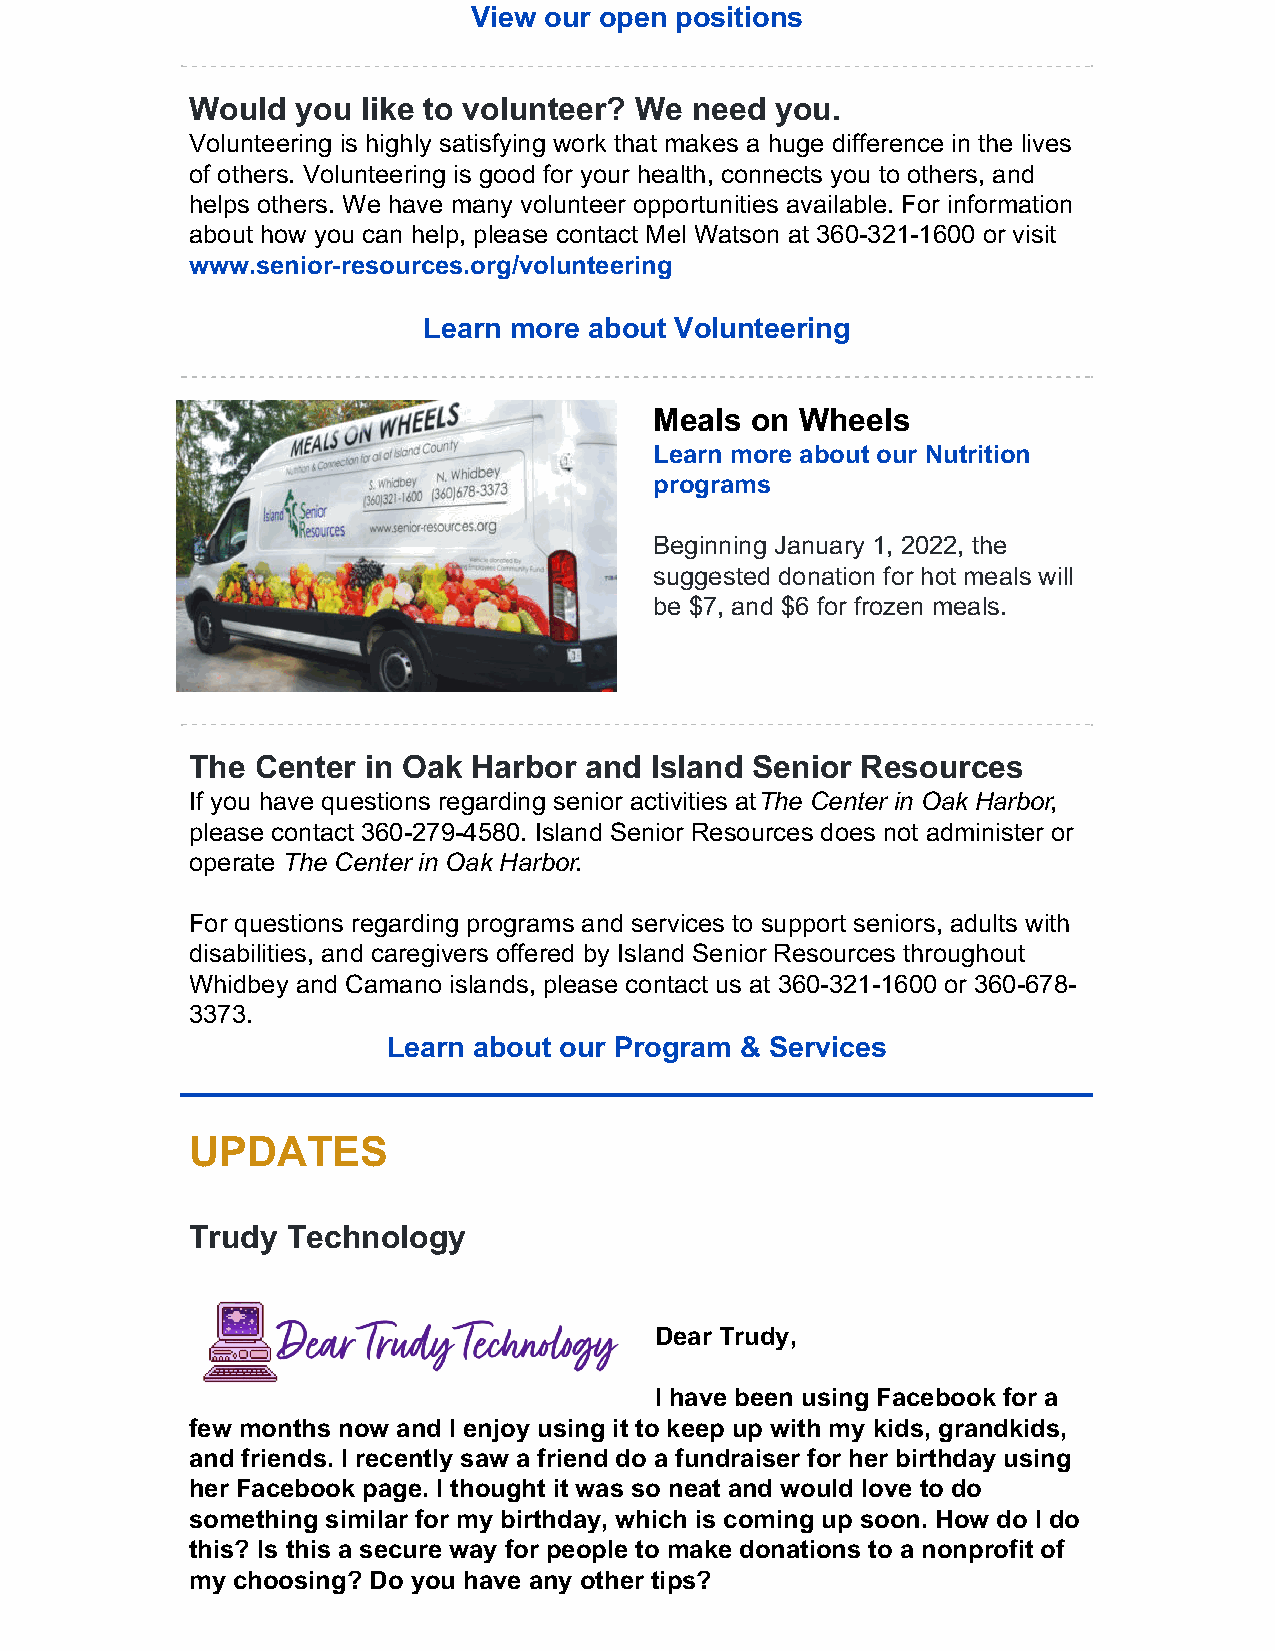
View our open positions
 Would  you like to volunteer? We need you.
 Volunteering is highly satisfying work that makes a huge difference in the lives
 of others. Volunteering is good for your health, connects you to others, and
 helps others. We have many volunteer opportunities available. For information
 about how you can help, please contact Mel Watson at 360-321-1600 or visit
 www.senior-resources.org/volunteering
 Learn more about Volunteering
 Meals  on Wheels
 Learn more about our Nutrition
 programs
 Beginning January 1, 2022, the
 suggested donation for hot meals will
 be $7, and $6 for frozen meals.
 The Center in Oak Harbor  and Island Senior Resources
 If you have questions regarding senior activities at The Center in Oak Harbor,
 please contact 360-279-4580. Island Senior Resources does not administer or
 operate The Center in Oak Harbor.
 For questions regarding programs and services to support seniors, adults with
 disabilities, and caregivers offered by Island Senior Resources throughout
 Whidbey and Camano islands, please contact us at 360-321-1600 or 360-678-
 3373.
 Learn about our Program & Services
 UPDATES
 Trudy Technology
 Dear Trudy,
 ​I have been using Facebook for a
 few months now and I enjoy using it to keep up with my kids, grandkids,
 and friends. I recently saw a friend do a fundraiser for her birthday using
 her Facebook page. I thought it was so neat and would love to do
 something similar for my birthday, which is coming up soon. How do I do
 this? Is this a secure way for people to make donations to a nonprofit of
 my choosing? Do you have any other tips?